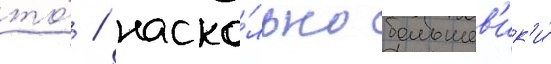
то́ / наско́лько большев'ик'и́